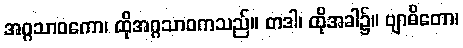
အဂ္ဂသာဝကော၊ ထိုအဂ္ဂသာဝကသည်။ တဒါ၊ ထိုအခါ၌။ ဗျာဓိတော၊